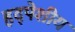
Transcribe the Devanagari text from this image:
हृद्पेशीय